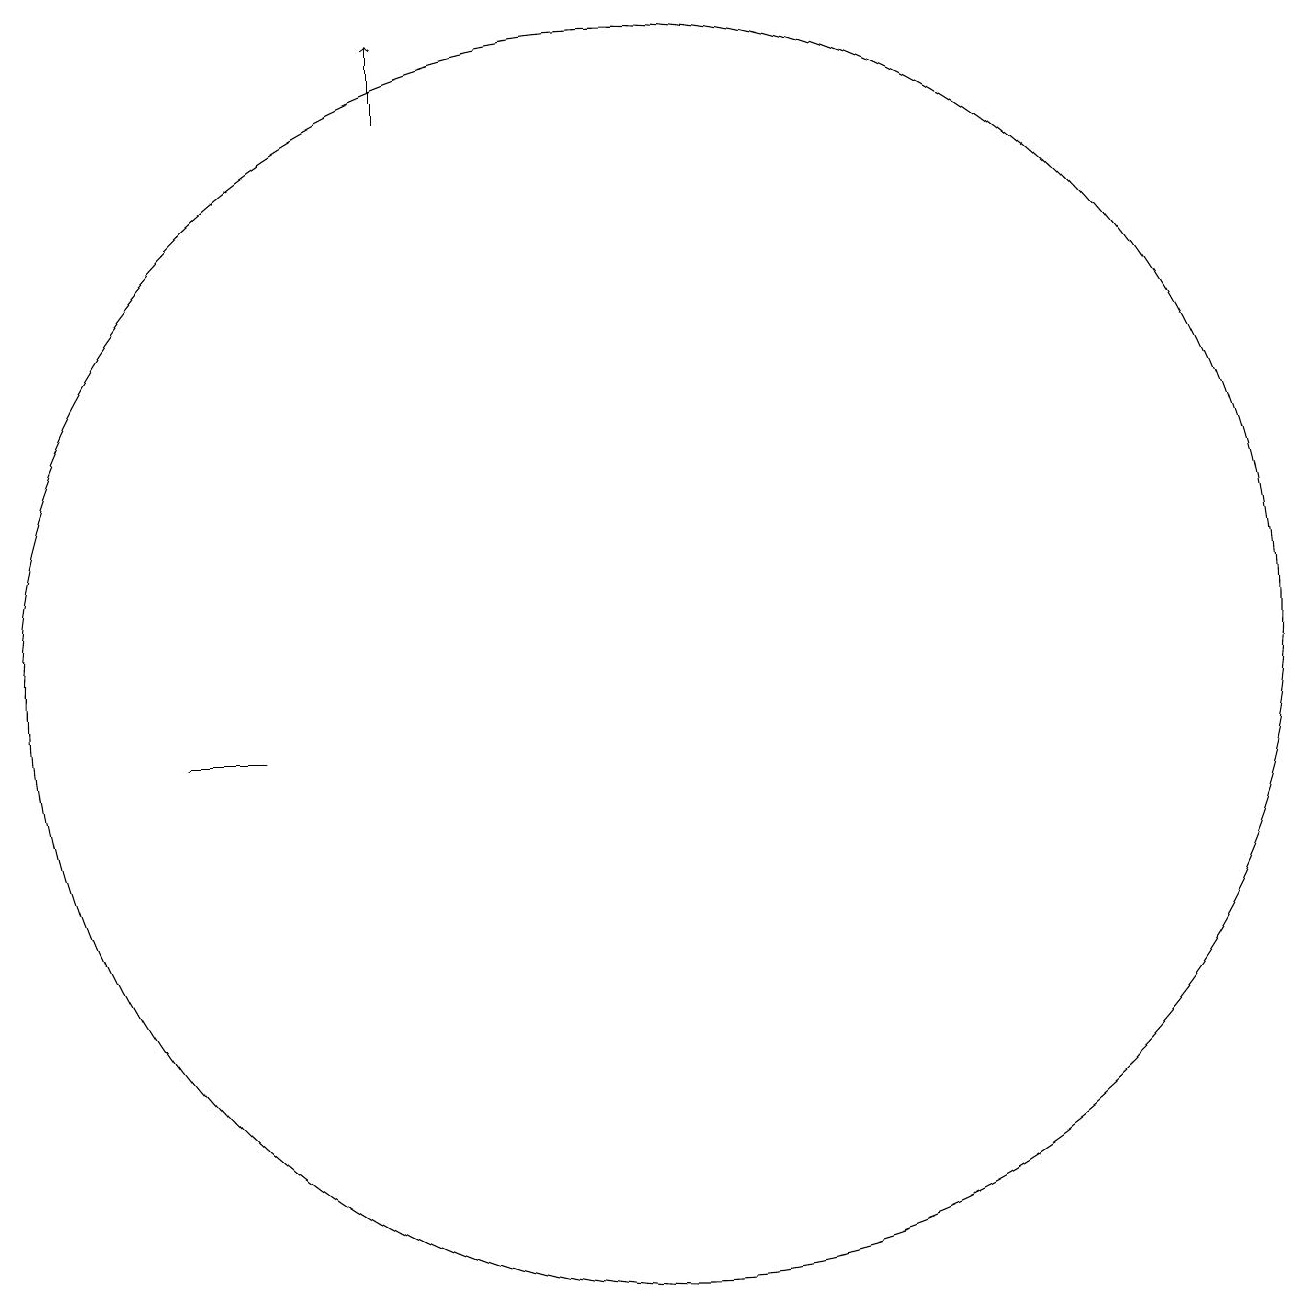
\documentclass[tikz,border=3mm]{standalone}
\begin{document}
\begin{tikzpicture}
\draw[->] (8,18) -- (8,19);
\draw (11,11) circle (8);
\draw (6,10) rectangle (5,10);
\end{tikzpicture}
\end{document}